Sanitation, dispensaries and jails vaccination Rajputana 1922-1927 - 1922-1927
Year: 1922
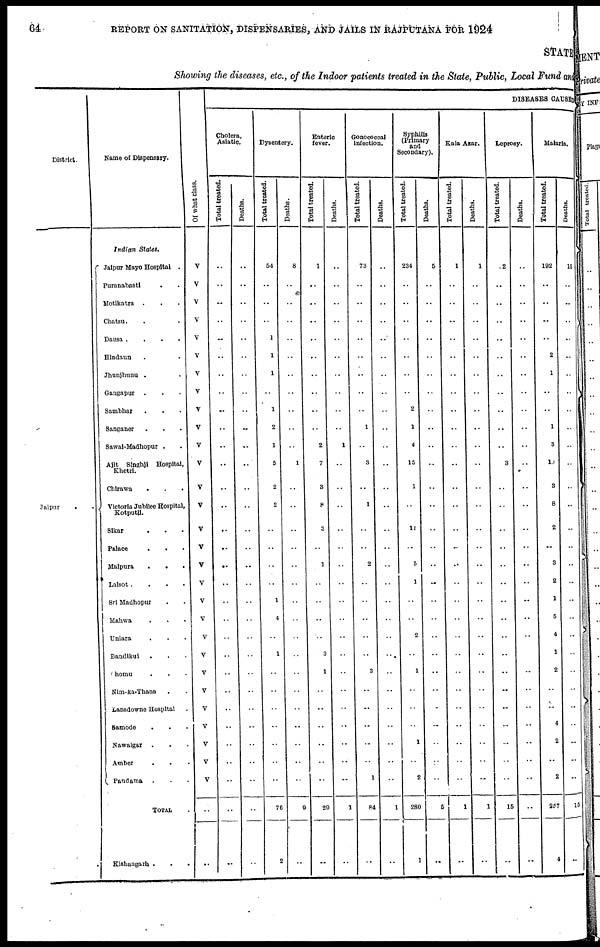
64
REPORT ON SANITATION, DISPENSARIES, AND JAILS IN RAJPUTANA FOR 1924
STATE
Showing the diseases, etc., of the Indoor patients treated in the State, Public, Local Fund and
District.
Jaipur . .
Name of Dispensary.
Indian States.
Jaipur Mayo Hospital .
Puranabasti . .
Motikatra . . .
Chatsu. . .
Dausa .
.
.
.
Hindaun . .
Jhunjhunu . .
Gangapur . . .
Sambhar . . .
Sanganer . . .
Sawal-Madhopur . .
Ajit Singhji Hospital,
Khetri.
Chirawa
. . .
Victoria Jubilee Hospital,
Kotputli.
Sikar . . .
Palace
.
. .
Malpura
.
. .
Lalsot .
.
.
.
Sri Madhopur . .
Mahwa . . .
Uniara . . .
Bandlkul . . .
Chomu
.
. .
Nim-ka-Thana . .
Lansdowne Hospital .
Samode . . .
Nawalgar . . .
Amber . . .
Pandama . . .
TOTAL .
Kishangarh . . .
Of what class.
V
V
V
V
V
V
V
V
V
V
V
V
V
V
V
V
V
V
V
V
V
V
V
V
V
V
V
V
V
..
..
DISEASES CAUSED
Cholera,
Asiatic.
Total treated.
..
..
..
..
..
..
..
..
..
..
..
..
..
..
..
..
..
..
..
..
..
..
..
..
..
..
..
..
..
..
..
Deaths.
..
..
..
..
..
..
..
..
..
..
..
..
..
..
..
..
..
..
..
..
..
..
..
..
..
..
..
..
..
..
..
Dysentery.
Total treated.
54
..
..
..
1
1
1
..
1
2
1
5
2
2
..
..
..
..
1
4
..
1
..
..
..
..
..
..
..
76
2
Deaths.
8
..
..
..
..
..
..
..
..
..
..
1
..
..
..
..
..
..
..
..
..
..
..
..
..
..
..
..
..
9
..
Enteric
fever.
Total treated.
1
..
..
..
..
..
..
..
..
..
2
7
3
8
3
..
1
..
..
..
..
3
1
..
..
..
..
..
..
29
..
Deaths.
..
..
..
..
..
..
..
..
..
..
1
..
..
..
..
..
..
..
..
..
..
..
..
..
..
..
..
..
..
1
..
Gonococcal
infection.
Total treated.
73
..
..
..
..
..
..
..
..
1
..
3
..
1
..
..
2
..
..
..
..
..
3
..
..
..
..
..
1
84
..
Deaths.
..
..
..
..
..
..
..
..
..
..
..
..
..
..
..
..
..
..
..
..
..
..
..
..
..
..
..
..
..
1
..
Syphilis
(Primary
and
Secondary).
Total treated.
234
..
..
..
..
..
..
..
2
1
4
15
1
..
11
..
5
1
..
..
2
..
1
..
..
..
1
..
2
280
1
Deaths.
5
..
..
..
..
..
..
..
..
..
..
..
..
..
..
..
..
..
..
..
..
..
..
..
..
..
..
..
..
5
..
Kala Azar.
Total treated.
1
..
..
..
..
..
..
..
..
..
..
..
..
..
..
..
..
..
..
..
..
..
..
..
..
..
..
..
..
1
..
Deaths.
1
..
..
..
..
..
..
..
..
..
..
..
..
..
..
..
..
..
..
..
..
..
..
..
..
..
..
..
..
1
..
Leprosy.
Total treated.
2
..
..
..
..
..
..
..
..
..
..
3
..
..
..
..
..
..
..
..
..
..
..
..
..
..
..
..
..
15
..
Deaths.
..
..
..
..
..
..
..
..
..
..
..
..
..
..
..
..
..
..
..
..
..
..
..
..
..
..
..
..
..
..
..
Malaria.
Total treated.
192
..
..
..
..
2
1
..
..
1
3
10
3
8
2
..
3
2
1
5
4
1
2
..
..
4
2
..
2
257
4
Deaths.
15
..
..
..
..
..
..
..
..
..
..
..
..
..
..
..
..
..
..
..
..
..
..
..
..
..
..
..
..
15
..